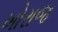
ખોરાજ